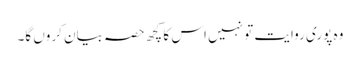
وہ پوری روایت تو نہیں اس کا کچھ حصہ بیان کروں گا۔